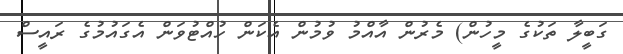
ގަބީލާ ތަކުގެ މީހުން) މެރުން އާއްމު ވުމުން އެކަން ހުއްޓުވަން އެގައުމުގެ ރައީސް